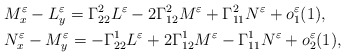
\begin{align*} &M_x^\varepsilon-L_y^\varepsilon=\Gamma^2_{22}L^\varepsilon-2\Gamma^2_{12}M^\varepsilon +\Gamma^2_{11}N^\varepsilon+o_1^\varepsilon(1),\\ &N_x^\varepsilon-M_y^\varepsilon=-\Gamma^1_{22}L^\varepsilon+2\Gamma^1_{12}M^\varepsilon -\Gamma^1_{11}N^\varepsilon+o_2^\varepsilon(1),\\ \end{align*}